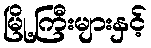
မြို့ကြီးများနှင့်